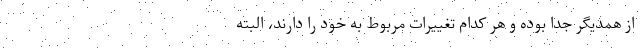
از همدیگر جدا بوده و هر کدام تغییرات مربوط به خود را دارند، البته